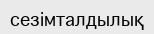
сезімталдылық